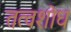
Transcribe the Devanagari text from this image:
तत्वशोध